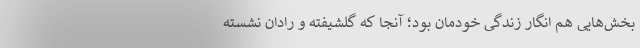
بخش‌هایی هم انگار زندگی خودمان بود؛ آنجا که گلشیفته و رادان نشسته